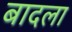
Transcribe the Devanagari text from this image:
बादला